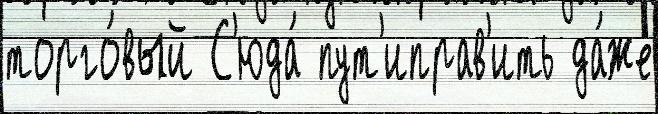
торго́вый С'юда́ пут'иправ'ить да́же